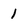
Character: 1